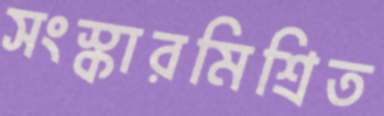
সংস্কারমিশ্রিত